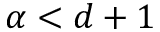
\alpha < d + 1